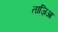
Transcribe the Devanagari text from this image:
ताज़िआ